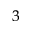
^ 3